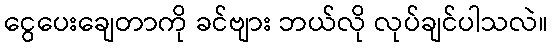
ငွေပေးချေတာကို ခင်ဗျား ဘယ်လို လုပ်ချင်ပါသလဲ။